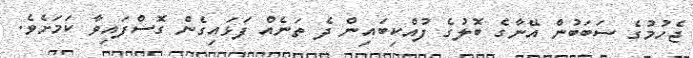
ޖެހުމުގެ ސަބަބުން އޭނާގެ ބޮލުގެ ފުއްކިބައިން ދެ ތަނެއް ފަޅައިގެން ގޮސްފައިވާ ކަމަށެވެ.